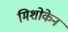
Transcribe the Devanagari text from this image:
मिशोकेन